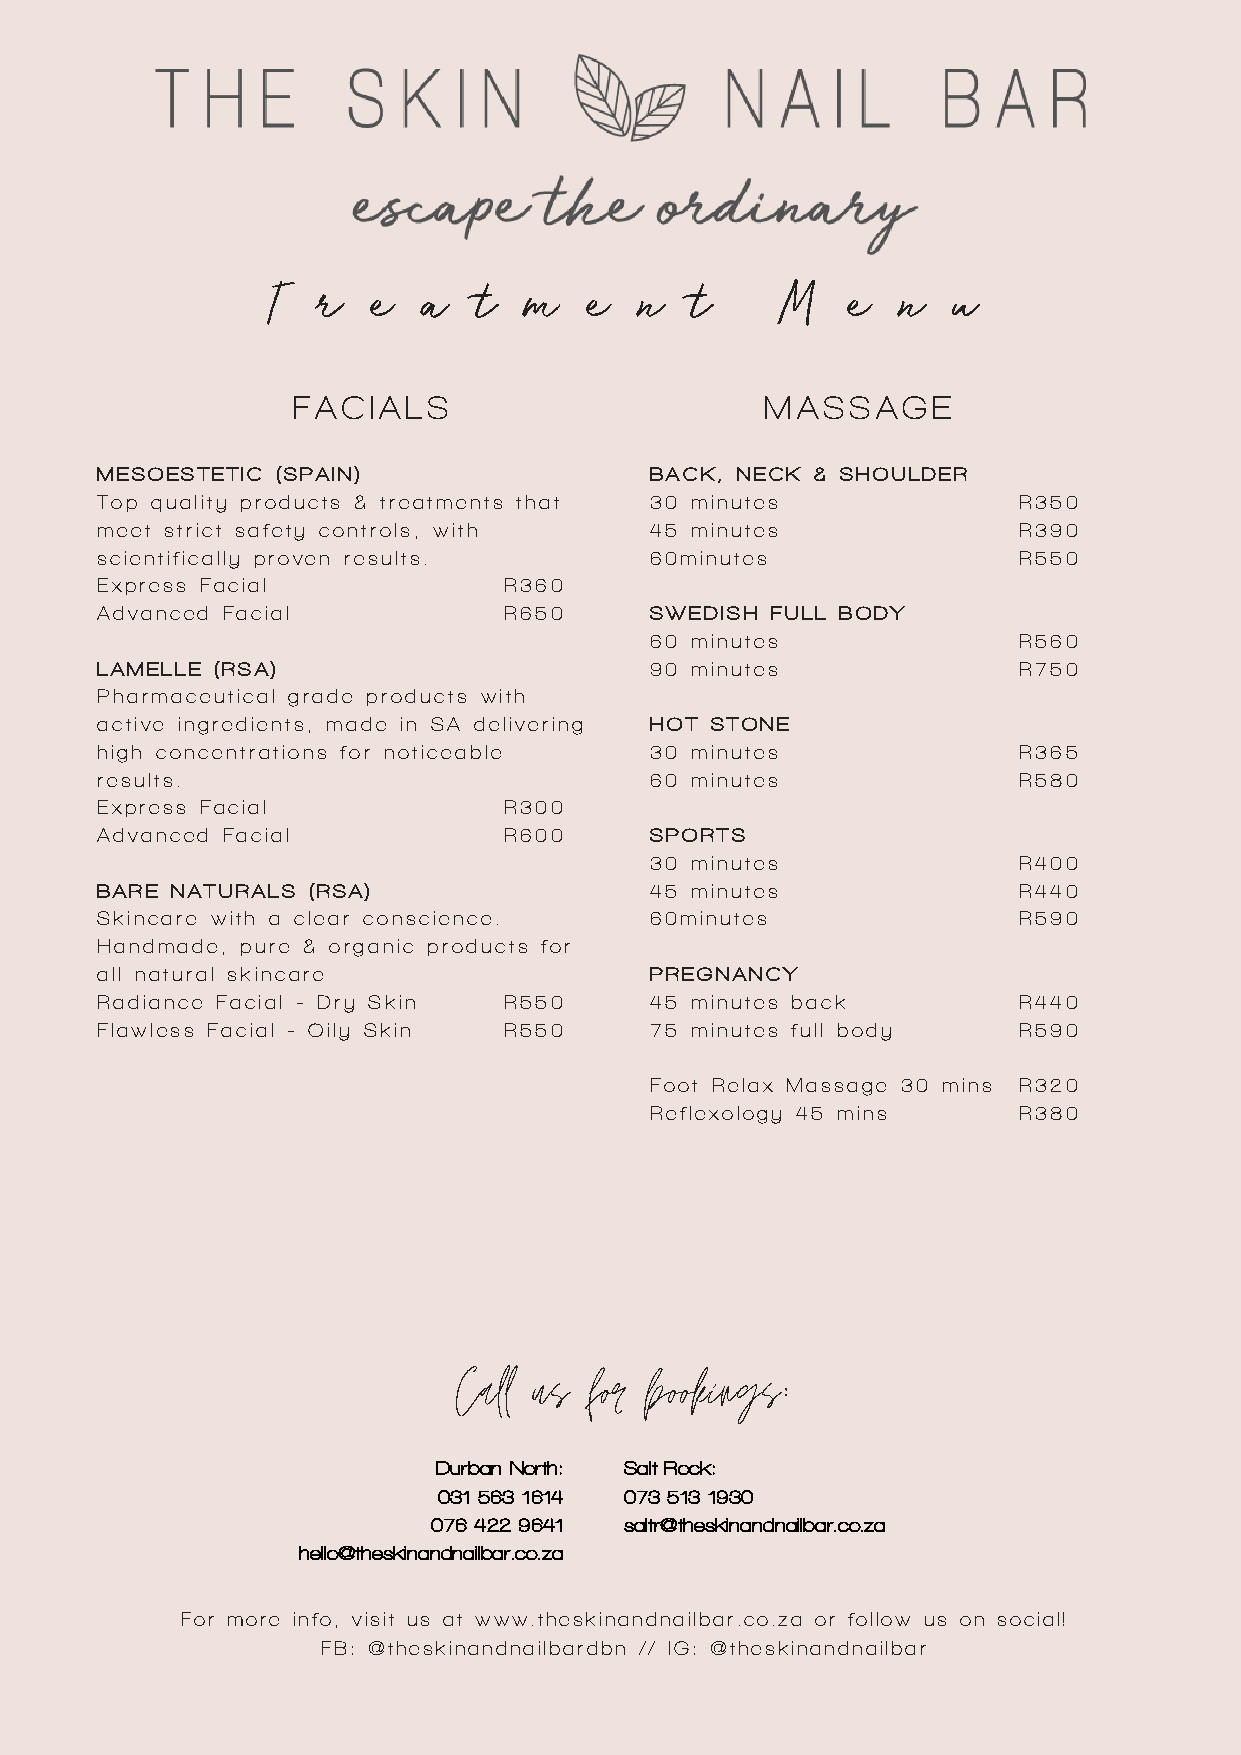
T  r  e   a  t   m   e  n   t     M   e  n   u
 FACIALS                         MASSAGE
 MESOESTETIC (SPAIN)                  BACK, NECK & SHOULDER
 Top quality products & treatments that 30 minutes            R350
 meet strict safety controls, with    45 minutes              R390
 scientifically proven results.       60minutes               R550
 Express Facial             R360
 Advanced Facial            R650      SWEDISH FULL BODY
 60 minutes              R560
 LAMELLE (RSA)                        90 minutes              R750
 Pharmaceutical grade products with
 active ingredients, made in SA deliverin g HOT STONE
 high concentrations for noticeable   30 minutes              R365
 results.                             60 minutes              R580
 Express Facial             R300
 Advanced Facial            R600      SPORTS
 30 minutes              R400
 BARE NATURALS (RSA)                  45 minutes              R440
 Skincare with a clear conscience.    60minutes               R590
 Handmade, pure & organic products for
 all natural skincare                 PREGNANCY
 Radiance Facial - Dry Skin R550      45 minutes back         R440
 Flawless Facial - Oily Skin R550     75 minutes full body    R590
 Foot Relax Massage 30 mins R320
 Reflexology 45 mins     R380
 Call us  for bookings:
 Durban North: Salt Rock:
 031 563 1614 073 513 1930
 076 422 9641 saltr@theskinandnailbar.co.za
 hello@theskinandnailbar.co.za
 For more info, visit us at www.theskinandnailbar.co.za or follow us on social!
 FB: @theskinandnailbardbn // IG: @theskinandnailbar